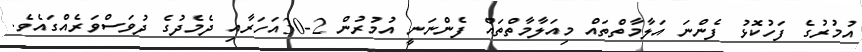
އުމުރުގެ ފަހުކޮޅު ފެންނަ އަލާމާތްތައް މިއަލާމާތްތައް ފެންނަނީ އުމުރުން 2-30އަހަރާއި ދެމެދުގެ ދުވަސްވަރެއްގައެވެ.